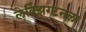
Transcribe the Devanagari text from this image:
लेक्झिंग्टनला